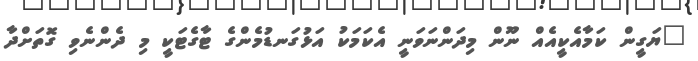
"ޔަގީން ކަމާއެކީއެއް ނޫން މިދަންނަވަނީ އެކަމަކު އަޅުގަނޑުމެންގެ ޓާގެޓަކީ މި ދެންނެވި ގޮތަށްދާ